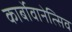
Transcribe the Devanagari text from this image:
कार्बोवानेत्सिव